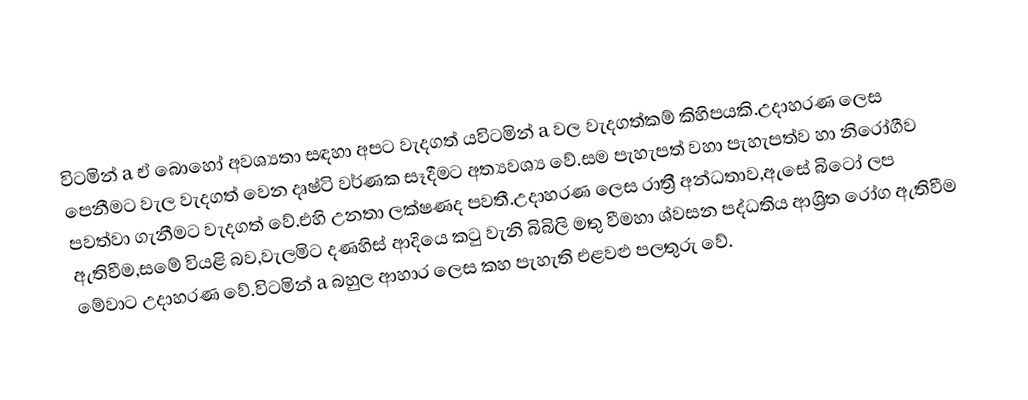
විටමින් a ඒ බොහෝ අවශ්‍යතා සඳහා අපට වැදගත් යවිටමින් a වල වැදගත්කම් කිහිපයකි.උදාහරණ ලෙස පෙනීමට වැල වැදගත් වෙන දෘෂ්ටි වර්ණක සෑදීමට අත්‍යවශ්‍ය වේ.සම පැහැපත් වහා පැහැපත්ව හා නිරෝගීව පවත්වා ගැනීමට වැදගත් වේ.එහි උනතා ලක්ෂණද පවතී.උදාහරණ ලෙස රාත්‍රී අන්ධතාව,ඇසේ බිටෝ ලප ඇතිවීම,සමේ වියළි බව,වැලමිට දණහිස් ආදියෙ කටු වැනි බිබිලි මතු වීමහා ශ්වසන පද්ධතිය ආශ්‍රිත රෝග ඇතිවීම මේවාට උදාහරණ වේ.විටමින් a බහුල ආහාර ලෙස කහ පැහැති එළවළු පලතුරු වේ.